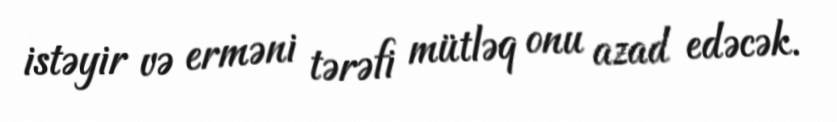
istəyir və erməni tərəfi mütləq onu azad edəcək.